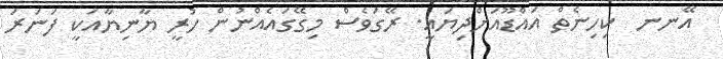
އޭނނ  ކިހިނެތް އައްޑޫއަށްދިޔައީ. ރޭގަވެސް މިގޭގައެއްނުން ހުރީ ޔާނިޔާއަކީ ފަނަރަ